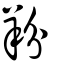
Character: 羒